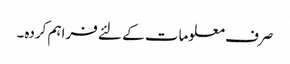
صرف معلومات کے لئے فراہم کردہ۔